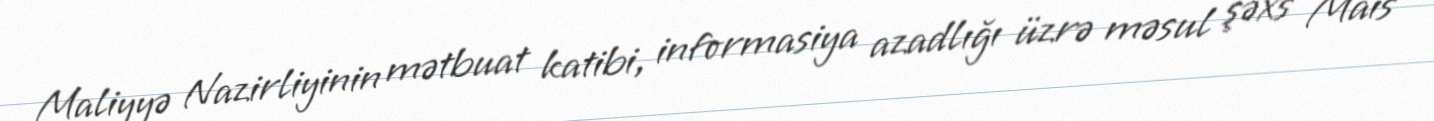
Maliyyə Nazirliyinin mətbuat katibi, informasiya azadlığı üzrə məsul şəxs Mais